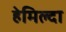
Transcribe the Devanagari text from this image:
हेमिल्दा